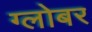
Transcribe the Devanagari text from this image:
ग्लोबर